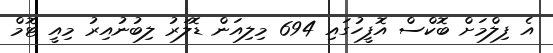
އެ ފިލްމަށް ބޮކްސް އޮފީހުގައި 694 މިލިއަން ޑޮލަރު ލިބުނުއިރު މިއީ ޓޮމް